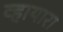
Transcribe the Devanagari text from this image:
व्हायारा